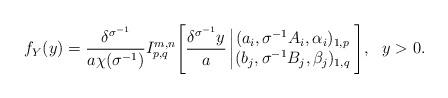
LaTeX: \begin{align*}f_{Y}(y)=\frac{\delta^{\sigma^{-1}}}{a\chi(\sigma^{-1})}I^{m,n}_{p,q}\Bigg[\frac{\delta^{\sigma^{-1}}y}{a}\left|\begin{matrix} (a_i,\sigma^{-1}A_i,\alpha_i)_{1,p}\\ (b_j,\sigma^{-1}B_j,\beta_j)_{1,q} \end{matrix}\right.\Bigg],\ \ y>0.\end{align*}